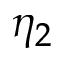
\eta _ { 2 }